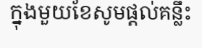
ក្នុងមួយខែសូមផ្តល់គន្លឹះ